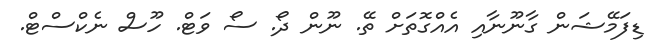
ޑިފަމޭޝަން ގާނޫނާއި އެއްގޮތަށް ތޭ. ނޫން ދޯ. ސޯ ވަޓް. ހޫސް ނެކްސްޓް.